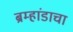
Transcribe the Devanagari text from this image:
ब्रम्हांडाचा